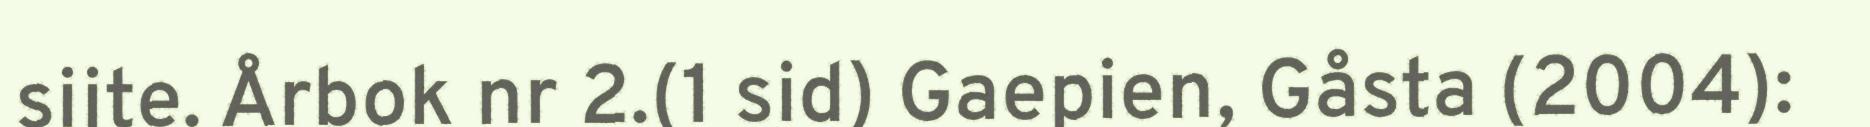
sijte. Årbok nr 2.(1 sid) Gaepien, Gåsta (2004):